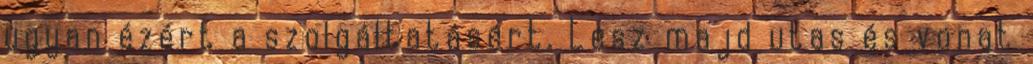
ugyan ézért a szolgáltatásért. Lesz majd utas és vonat